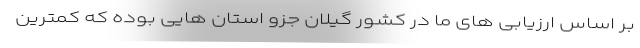
بر اساس ارزیابی های ما در کشور گیلان جزو استان هایی بوده که کمترین